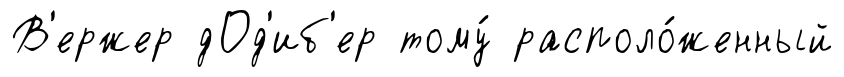
В'ержер дОд'иб'ер тому́ располо́женный